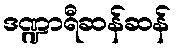
ဒဏ္ဍာရီဆန်ဆန်